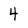
Character: 4